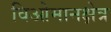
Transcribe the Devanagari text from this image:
विओमानक्षेत्र